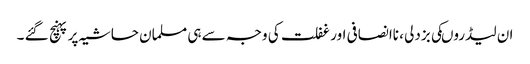
ان لیڈروںکی بزدلی ، ناانصافی اور غفلت کی وجہ سے ہی مسلمان حاشیہ پر پہنچ گئے ۔